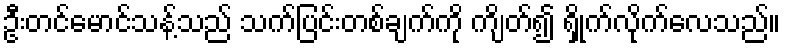
ဦးတင်မောင်သန့်သည် သက်ပြင်းတစ်ချက်ကို ကျိတ်၍ ရှိုက်လိုက်လေသည်။